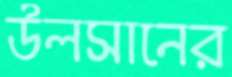
উলসানের